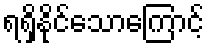
ရရှိနိုင်သောကြောင့်